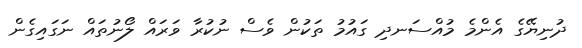
ދުނިޔޭގެ އެންމެ މުއްސަނދި ގައުމު ތަކުން ވެސް ނުކުރާ ވަރައް ލޯނުތައް ނަގައިގެން